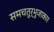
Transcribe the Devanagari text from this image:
समचतुर्भुजाकार